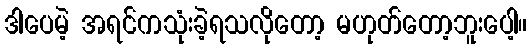
ဒါပေမဲ့ အရင်ကသုံးခဲ့ရသလိုတော့ မဟုတ်တော့ဘူးပေါ့။